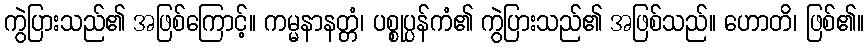
ကွဲပြားသည်၏ အဖြစ်ကြောင့်။ ကမ္မနာနတ္တံ၊ ပစ္စုပ္ပန်ကံ၏ ကွဲပြားသည်၏ အဖြစ်သည်။ ဟောတိ၊ ဖြစ်၏။